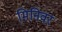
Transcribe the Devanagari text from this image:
मिनिवर